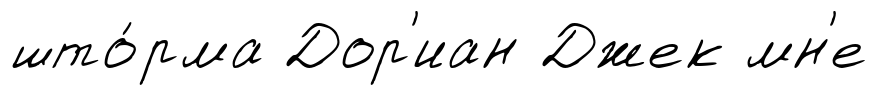
што́рма Дор'иан Джек мн'е